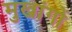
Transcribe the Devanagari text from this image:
मुखांगों